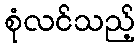
စုံလင်သည့်